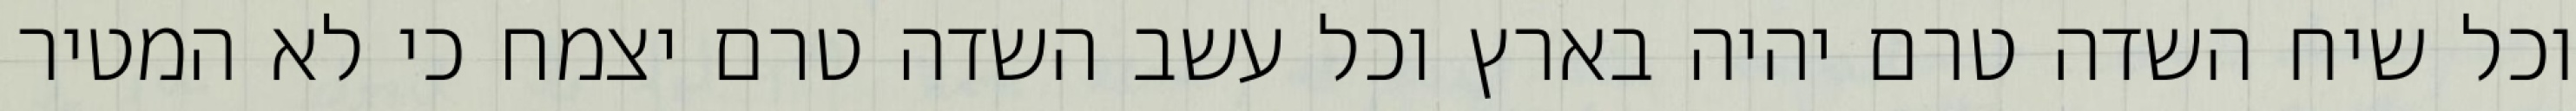
וכל שיח השדה טרם יהיה בארץ וכל עשב השדה טרם יצמח כי לא המטיר